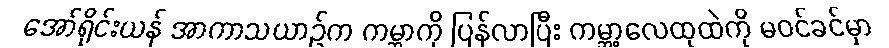
အော်ရိုင်းယန် အာကာသယာဉ်က ကမ္ဘာကို ပြန်လာပြီး ကမ္ဘာ့လေထုထဲကို မဝင်ခင်မှာ